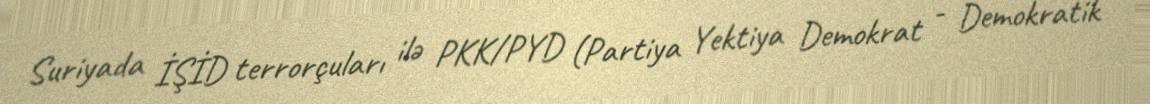
Suriyada İŞİD terrorçuları ilə PKK/PYD (Partiya Yektiya Demokrat - Demokratik